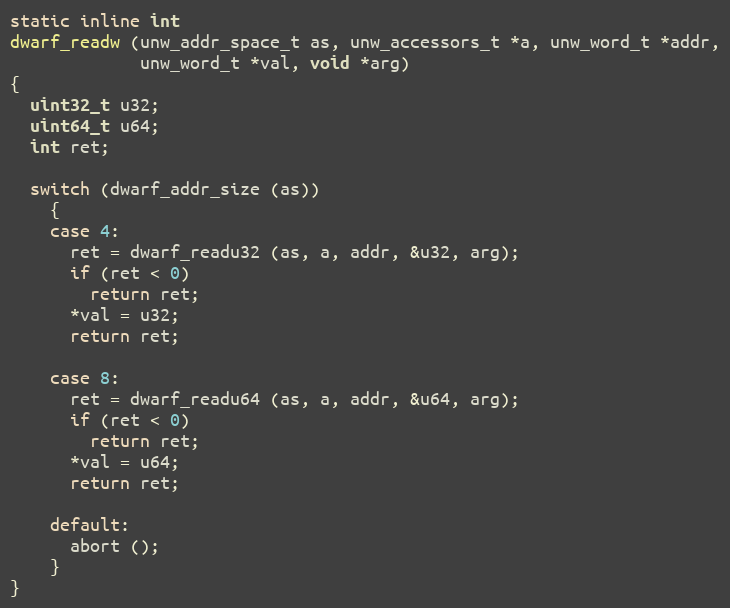
Language: C
static inline int
dwarf_readw (unw_addr_space_t as, unw_accessors_t *a, unw_word_t *addr,
             unw_word_t *val, void *arg)
{
  uint32_t u32;
  uint64_t u64;
  int ret;

  switch (dwarf_addr_size (as))
    {
    case 4:
      ret = dwarf_readu32 (as, a, addr, &u32, arg);
      if (ret < 0)
        return ret;
      *val = u32;
      return ret;

    case 8:
      ret = dwarf_readu64 (as, a, addr, &u64, arg);
      if (ret < 0)
        return ret;
      *val = u64;
      return ret;

    default:
      abort ();
    }
}